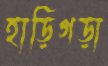
হাড়িগড়া